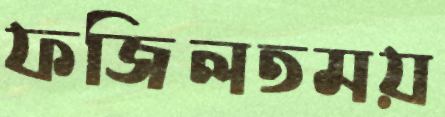
ফজিলতময়